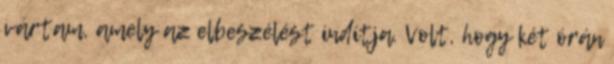
vártam, amely az elbeszélést indítja. Volt, hogy két órán